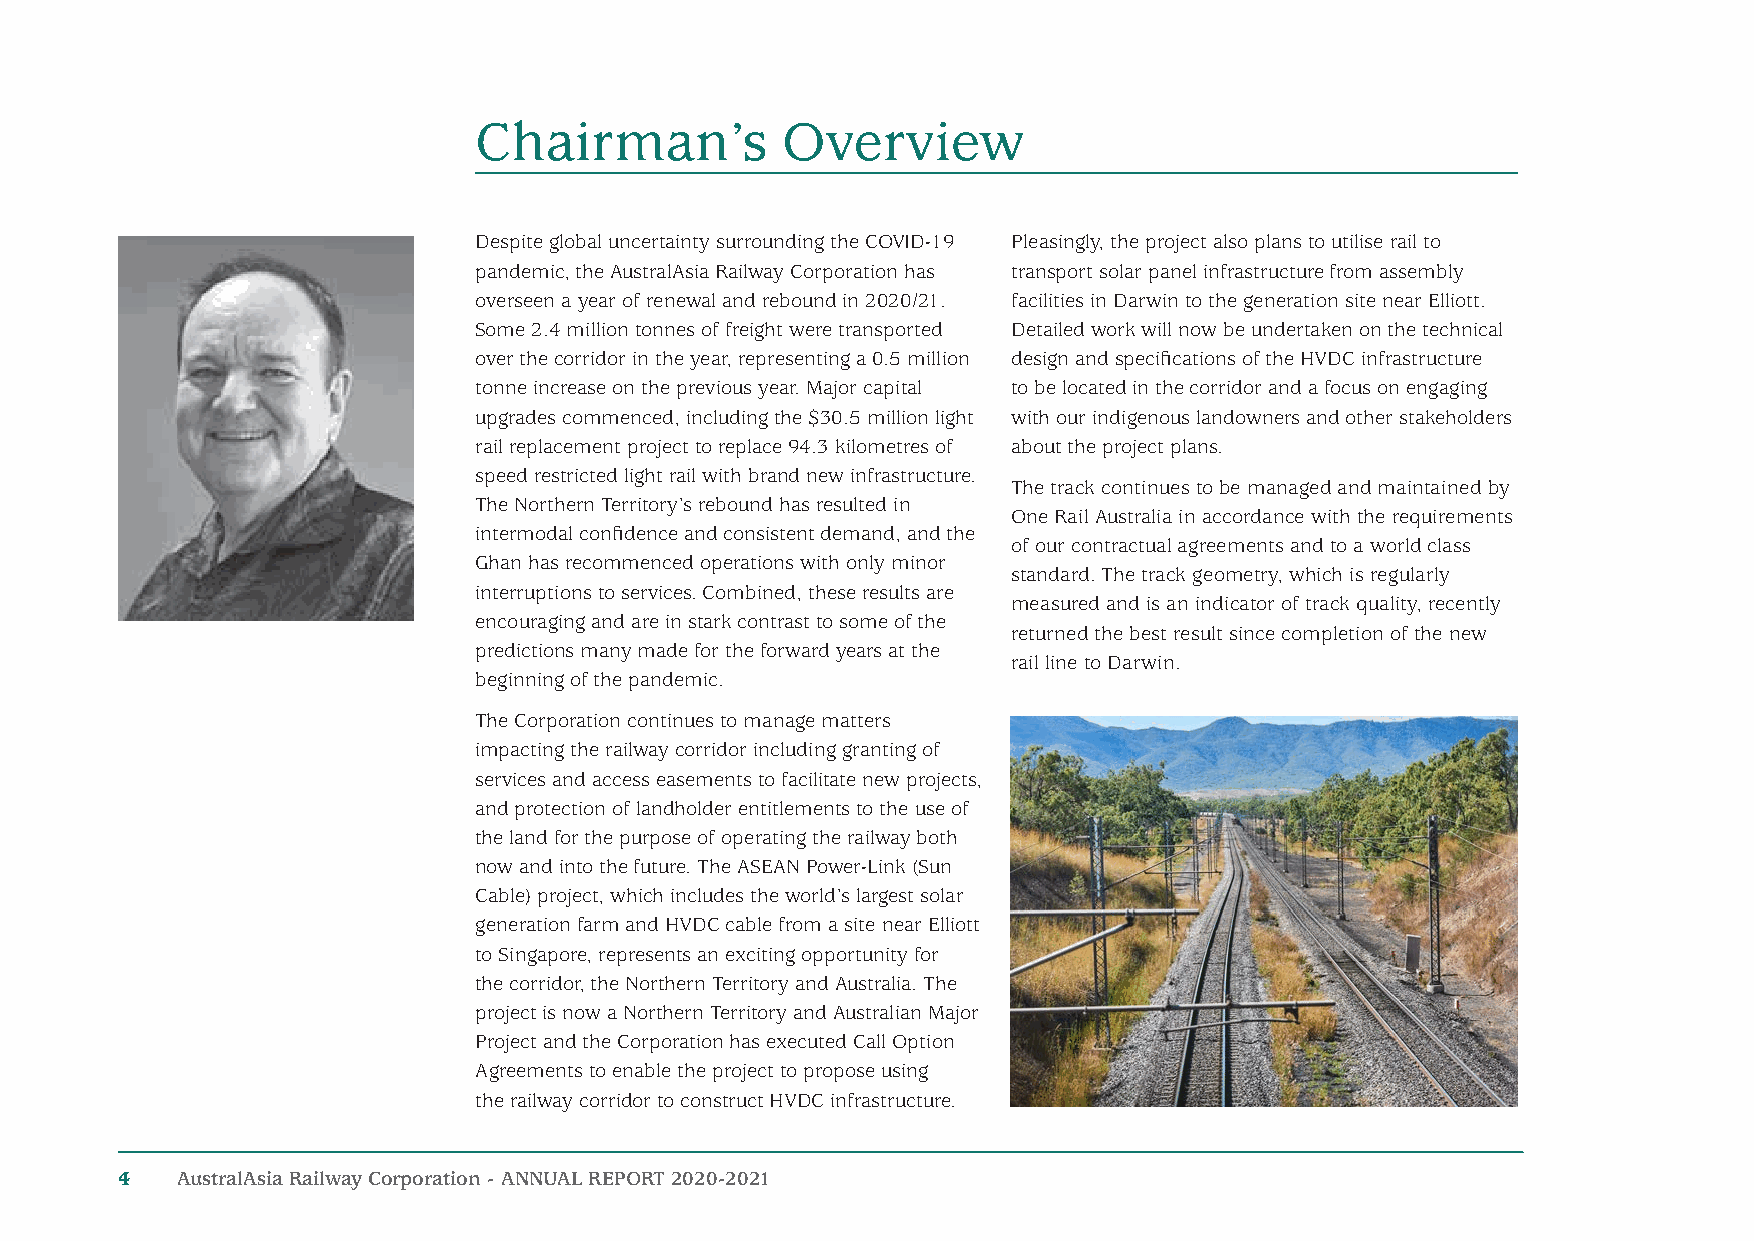
Chairman’s           Overview
 Despite global uncertainty surrounding the COVID-19 Pleasingly, the project also plans to utilise rail to
 pandemic, the AustralAsia Railway Corporation has transport solar panel infrastructure from assembly
 overseen a year of renewal and rebound in 2020/21. facilities in Darwin to the generation site near Elliott.
 Some 2.4 million tonnes of freight were transported Detailed work will now be undertaken on the technical
 over the corridor in the year, representing a 0.5 million design and specifications of the HVDC infrastructure
 tonne increase on the previous year. Major capital to be located in the corridor and a focus on engaging
 upgrades commenced, including the $30.5 million light with our indigenous landowners and other stakeholders
 rail replacement project to replace 94.3 kilometres of about the project plans.
 speed restricted light rail with brand new infrastructure.
 The track continues to be managed and maintained by
 The Northern Territory’s rebound has resulted in
 One Rail Australia in accordance with the requirements
 intermodal confidence and consistent demand, and the
 of our contractual agreements and to a world class
 Ghan has recommenced operations with only minor
 standard. The track geometry, which is regularly
 interruptions to services. Combined, these results are
 measured and is an indicator of track quality, recently
 encouraging and are in stark contrast to some of the
 returned the best result since completion of the new
 predictions many made for the forward years at the
 rail line to Darwin.
 beginning of the pandemic.
 The Corporation continues to manage matters
 impacting the railway corridor including granting of
 services and access easements to facilitate new projects,
 and protection of landholder entitlements to the use of
 the land for the purpose of operating the railway both
 now and into the future. The ASEAN Power-Link (Sun
 Cable) project, which includes the world’s largest solar
 generation farm and HVDC cable from a site near Elliott
 to Singapore, represents an exciting opportunity for
 the corridor, the Northern Territory and Australia. The
 project is now a Northern Territory and Australian Major
 Project and the Corporation has executed Call Option
 Agreements to enable the project to propose using
 the railway corridor to construct HVDC infrastructure.
 4   AustralAsia Railway Corporation - ANNUAL REPORT 2020-2021